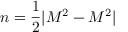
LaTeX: n = { \frac { 1 } { 2 } } | M ^ { 2 } - M ^ { 2 } |